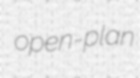
open-plan